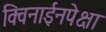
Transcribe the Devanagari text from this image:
क्विनाईनपेक्षा